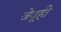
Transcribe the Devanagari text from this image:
जेवूही